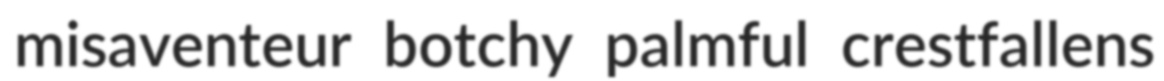
misaventeur botchy palmful crestfallens